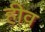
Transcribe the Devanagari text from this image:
हीव